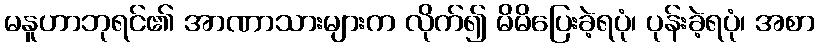
မနူဟာဘုရင်၏ အာဏာသားများက လိုက်၍ မိမိပြေးခဲ့ရပုံ၊ ပုန်းခဲ့ရပုံ၊ အစာ